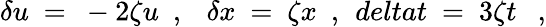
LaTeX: \delta u\ =\ -2\zeta u\ \ ,\ \ \ \delta x\ =\ \zeta x\ \ ,\ \, deltat\ =\ 3\zeta t\ \ \ ,